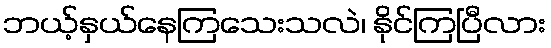
ဘယ့်နှယ်နေကြသေးသလဲ၊ နိုင်ကြပြီလား